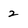
Character: 2